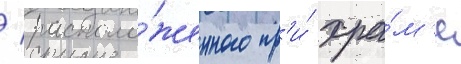
/ располо́женного пр'и́ хра́м'е